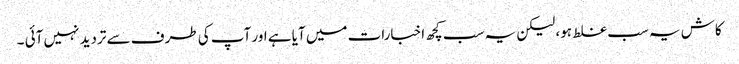
کاش یہ سب غلط ہو، لیکن یہ سب کچھ اخبارات میں آیا ہے اور آپ کی طرف سے تردید نہیں آئی ۔